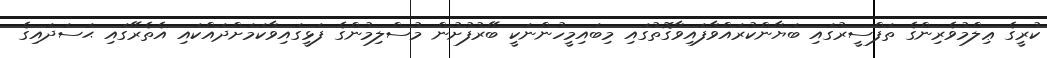
ކުރީގެ ޢިލްމުވެރިންގެ ތަފްސީރުގައި ބަޔާންކުރައްވާފައިވާގޮތުގައި މިބައިމީހުންނަކީ ބޭރުފުށުން މުސްލިމުންގެ ފަޅީގައިވާކަމަށްދައްކައި އެތެރޭގައި ޙަސަދައިގެ